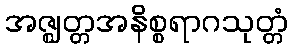
အဇ္ဈတ္တအနိစ္စရာဂသုတ္တံ